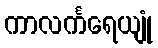
ကာလင်္ကရေယျုံ